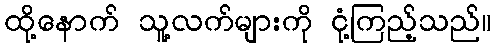
ထို့နောက် သူ့လက်များကို ငုံ့ကြည့်သည်။